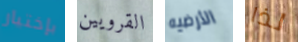
بإختيار القرويين الأرضيه لذا